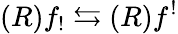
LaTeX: (R)f_{!}\leftrightarrows(R)f^{!}